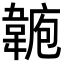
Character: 𩎾